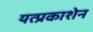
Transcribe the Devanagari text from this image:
यत्प्रकाशेन